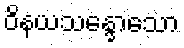
ဝိနယသန္ဒောသော